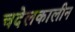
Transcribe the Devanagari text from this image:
चदेलकालीन